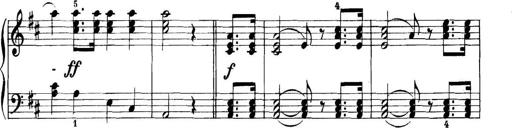
Title: 11 Sonatinas
Composer: Anton Diabelli